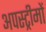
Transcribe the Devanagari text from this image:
अपस्ट्रीमों